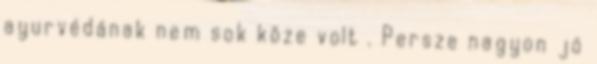
ayurvédának nem sok köze volt . Persze nagyon jó